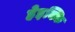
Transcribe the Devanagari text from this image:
हेइक्कि